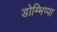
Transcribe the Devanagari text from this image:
डोम्भिप्पा